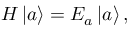
H \left| a \right\rangle = E _ { a } \left| a \right\rangle ,